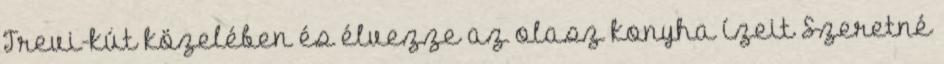
Trevi-kút közelében és élvezze az olasz konyha ízeit Szeretné